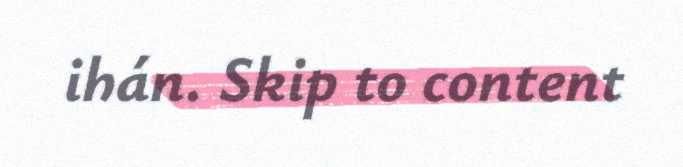
ihán. Skip to content